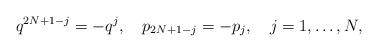
LaTeX: \begin{align*}q^{2N+1-j}=-q^j,\quad p_{2N+1-j}=-p_j,\quad j=1,\ldots,N,\end{align*}